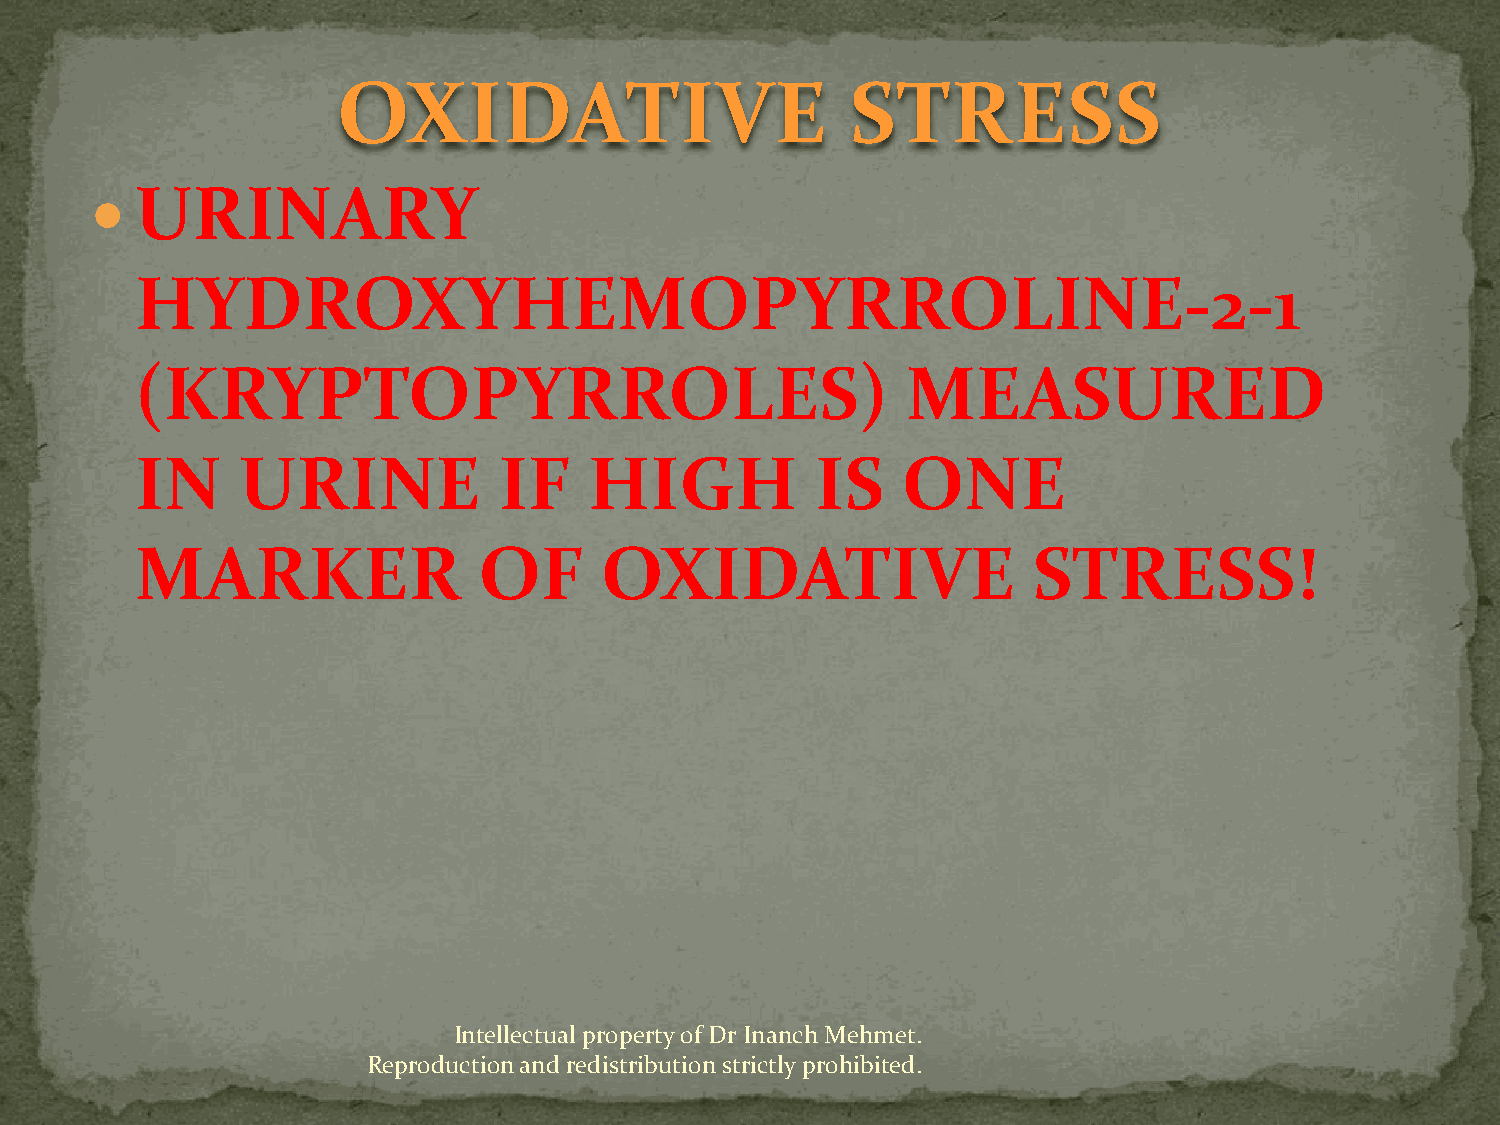
OXIDATIVE                         STRESS
   URINARY
 HYDROXYHEMOPYRROLINE-2-1
 (KRYPTOPYRROLES)                                   MEASURED
 IN     URINE            IF    HIGH           IS    ONE
 MARKER                 OF      OXIDATIVE                   STRESS!
 Intellectual property of Dr Inanch Mehmet.
 Reproduction and redistribution strictly prohibited.